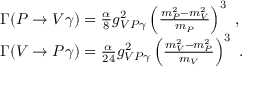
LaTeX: \begin{array} { l } { { \Gamma ( P \rightarrow V \gamma ) = \frac { \alpha } { 8 } g _ { V P \gamma } ^ { 2 } \left( \frac { m _ { P } ^ { 2 } - m _ { V } ^ { 2 } } { m _ { P } } \right) ^ { 3 } \ , } } \\ { { \Gamma ( V \rightarrow P \gamma ) = \frac { \alpha } { 2 4 } g _ { V P \gamma } ^ { 2 } \left( \frac { m _ { V } ^ { 2 } - m _ { P } ^ { 2 } } { m _ { V } } \right) ^ { 3 } \ . } } \end{array}